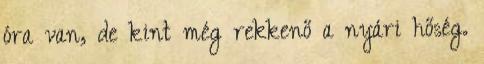
óra van, de kint még rekkenő a nyári hőség.